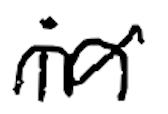
Text: in
Cross-out: wave
Writing tool: digital_black